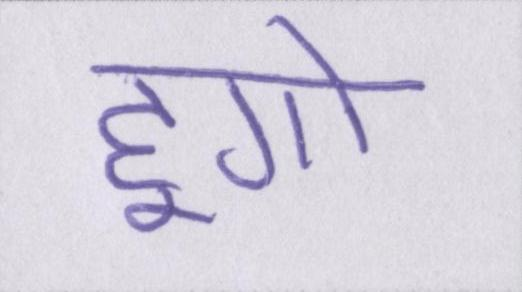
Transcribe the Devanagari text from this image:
हूगो